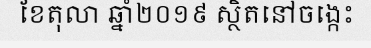
ខែតុលា ឆ្នាំ២០១៩ ស្ថិតនៅចង្កេះ